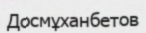
Досмұханбетов